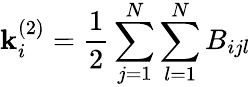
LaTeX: \mathbf{k}_{i}^{(2)}=\frac{{1}}{{2}}\sum_{j=1}^{N}\sum_{l=1}^{N}B_{ijl}